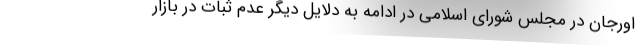
اورجان در مجلس شورای اسلامی در ادامه به دلایل دیگر عدم ثبات در بازار